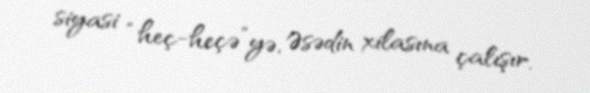
siyasi “heç-heçə”yə, Əsədin xilasına çalışır.